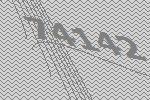
74142